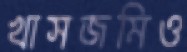
খাসজমিও